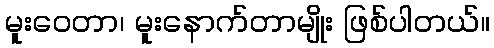
မူးဝေတာ၊ မူးနောက်တာမျိုး ဖြစ်ပါတယ်။